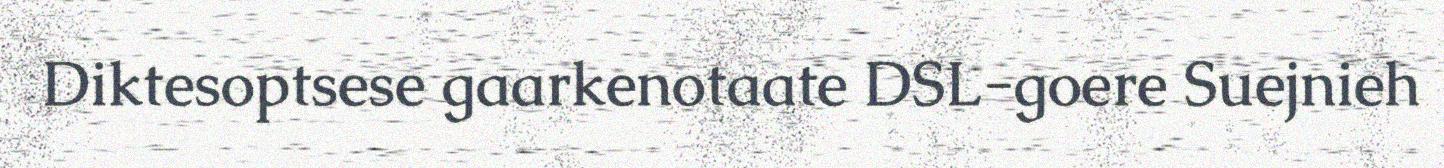
Diktesoptsese gaarkenotaate DSL-goere Suejnieh